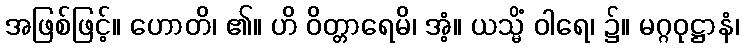
အဖြစ်ဖြင့်။ ဟောတိ၊ ၏။ ဟိ ဝိတ္တာရေမိ၊ အံ့။ ယသ္မိံ ဝါရေ၊ ၌။ မဂ္ဂဝုဋ္ဌာနံ၊